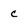
Character: c